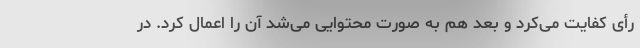
رأی کفایت می‌کرد و بعد هم به صورت محتوایی می‌شد آن را اعمال کرد. در